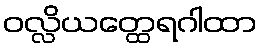
ဝလ္လိယတ္ထေရဂါထာ